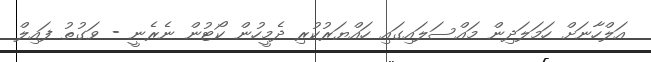
އަލްހާނަށް ހަމަލަދިން މައްސަލައިގައި ހައްޔަރުކުރި ދެމީހުން ކޯޓުން ނެރެނީ - ވަގުތު ފައިލް